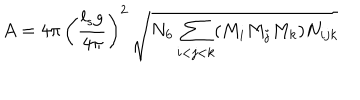
A = 4 \pi \, \left( { \frac { l _ { s } g } { 4 \pi } } \right) ^ { 2 } \, \sqrt { N _ { 6 } \sum _ { i < j < k } ( M _ { i } M _ { j } M _ { k } ) N _ { i j k } }